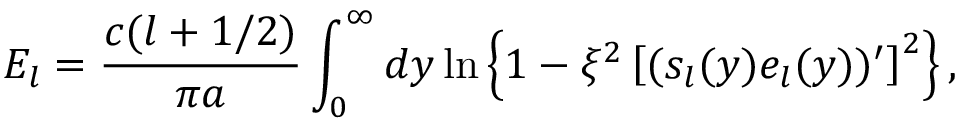
E _ { l } = \frac { c ( l + 1 / 2 ) } { \pi a } \int _ { 0 } ^ { \infty } d y \ln \left\{ 1 - \xi ^ { 2 } \left[ ( s _ { l } ( y ) e _ { l } ( y ) ) ^ { \prime } \right] ^ { 2 } \right\} ,